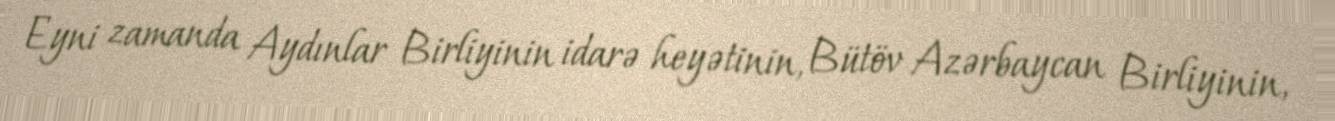
Eyni zamanda Aydınlar Birliyinin idarə heyətinin, Bütöv Azərbaycan Birliyinin,